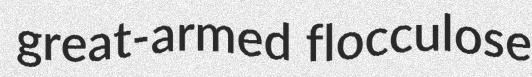
great-armed flocculose